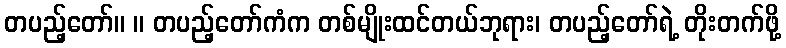
တပည့်တော်။ ။ တပည့်တော်ကံက တစ်မျိုးထင်တယ်ဘုရား၊ တပည့်တော်ရဲ့ တိုးတက်ဖို့